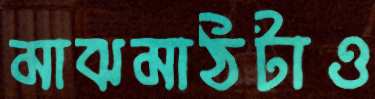
মাঝমাঠটাও